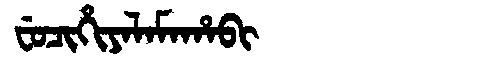
Manchu: ᠸᡠᠴᡳᡥᡳᠶᠠᠯᠠᠮᠠᡥᠠᠪᡳ
Romanization: FUCIHIYALAMAHABI